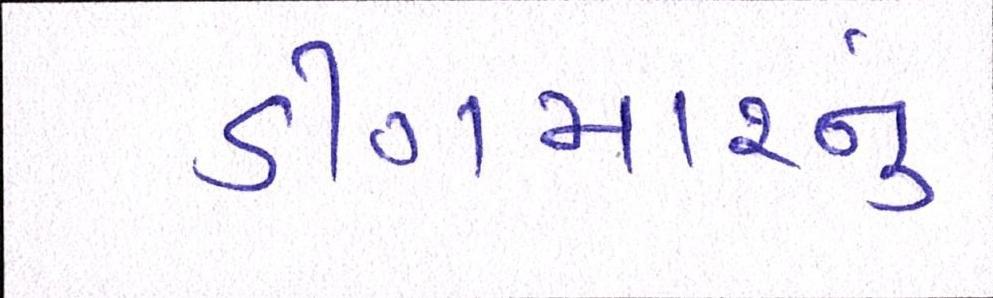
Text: ડીંગમારનું